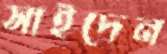
সাইদেন